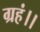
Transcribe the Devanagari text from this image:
ग्रहं।।